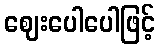
ဈေးပေါပေါဖြင့်